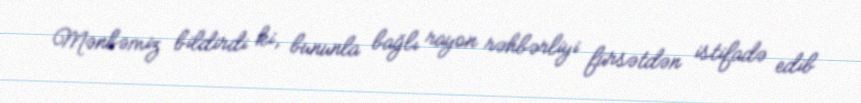
Mənbəmiz bildirdi ki, bununla bağlı rayon rəhbərliyi fürsətdən istifadə edib